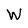
Character: W